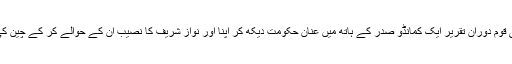
باقی ماندہ آدھی قوم دوران تقریر ایک کمانڈو صدر کے ہاتھ میں عنان حکومت دیکھ کر اپنا اور نواز شریف کا نصیب ان کے حوالے کر کے چین کی نیند سو گئی۔